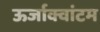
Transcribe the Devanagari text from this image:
ऊर्जाक्वांटम